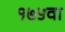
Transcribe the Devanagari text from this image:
१७५वा